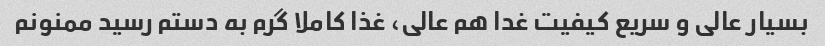
بسیار عالی و سریع کیفیت غدا هم عالی، غذا کاملا گرم به دستم رسید ممنونم